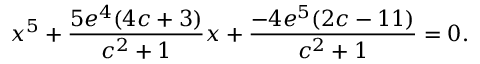
x ^ { 5 } + { \frac { 5 e ^ { 4 } ( 4 c + 3 ) } { c ^ { 2 } + 1 } } x + { \frac { - 4 e ^ { 5 } ( 2 c - 1 1 ) } { c ^ { 2 } + 1 } } = 0 .